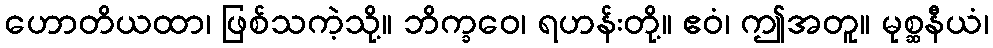
ဟောတိယထာ၊ ဖြစ်သကဲ့သို့။ ဘိက္ခဝေ၊ ရဟန်းတို့။ ဧဝံ၊ ဤအတူ။ မုစ္ဆနီယံ၊